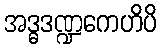
အဒ္ဓဒဏ္ဍကေဟိပိ